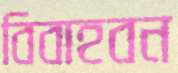
বিবাহবন